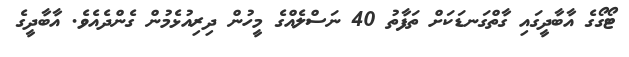
ޓޯގޯގެ އާބާދީގައި ގާތްގަނޑަކަށް ތަފާތު 40 ނަސްލެއްގެ މީހުން ދިރިއުޅެމުން ގެންދެއެވެ. އާބާދީގެ